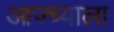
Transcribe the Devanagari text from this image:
आज्च्याला